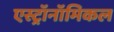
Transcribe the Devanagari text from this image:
एस्ट्रॉनॉमिकल